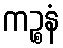
ကဉ္စနံ